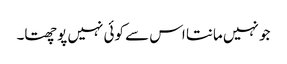
جو نہیں مانتا اس سے کوئی نہیں پوچھتا۔